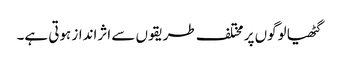
گٹھیا لوگوں پر مختلف طریقوں سے اثرانداز ہوتی ہے۔